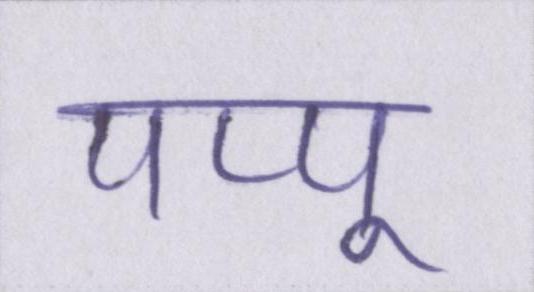
पप्पू